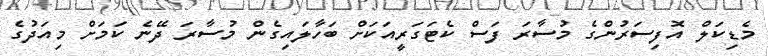
މެޑިކަލް އޮފިސަރުންގެ މުސާރަ ފަސް ކެޓަގަރީއަކަށް ބަހާލައިގެން މުސާރަ ދޭނެ ކަމަށް މިއަދުގެ